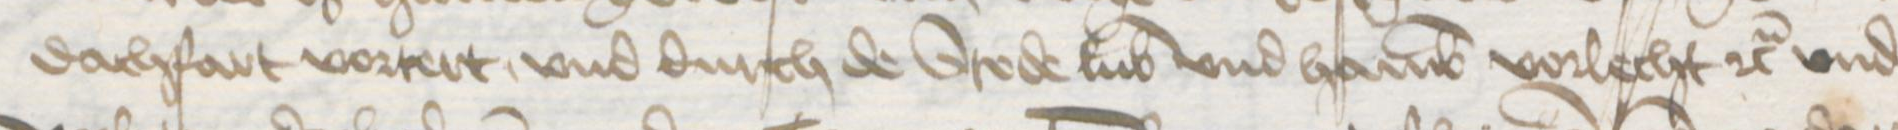
dachfart vortert, vnd durch de Stede Lubek vnd Hamburg vorlecht etc. vnd